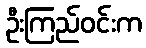
ဦးကြည်ဝင်းက